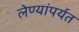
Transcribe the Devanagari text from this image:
लेण्यांपर्यत